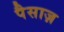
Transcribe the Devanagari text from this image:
पैसाज़